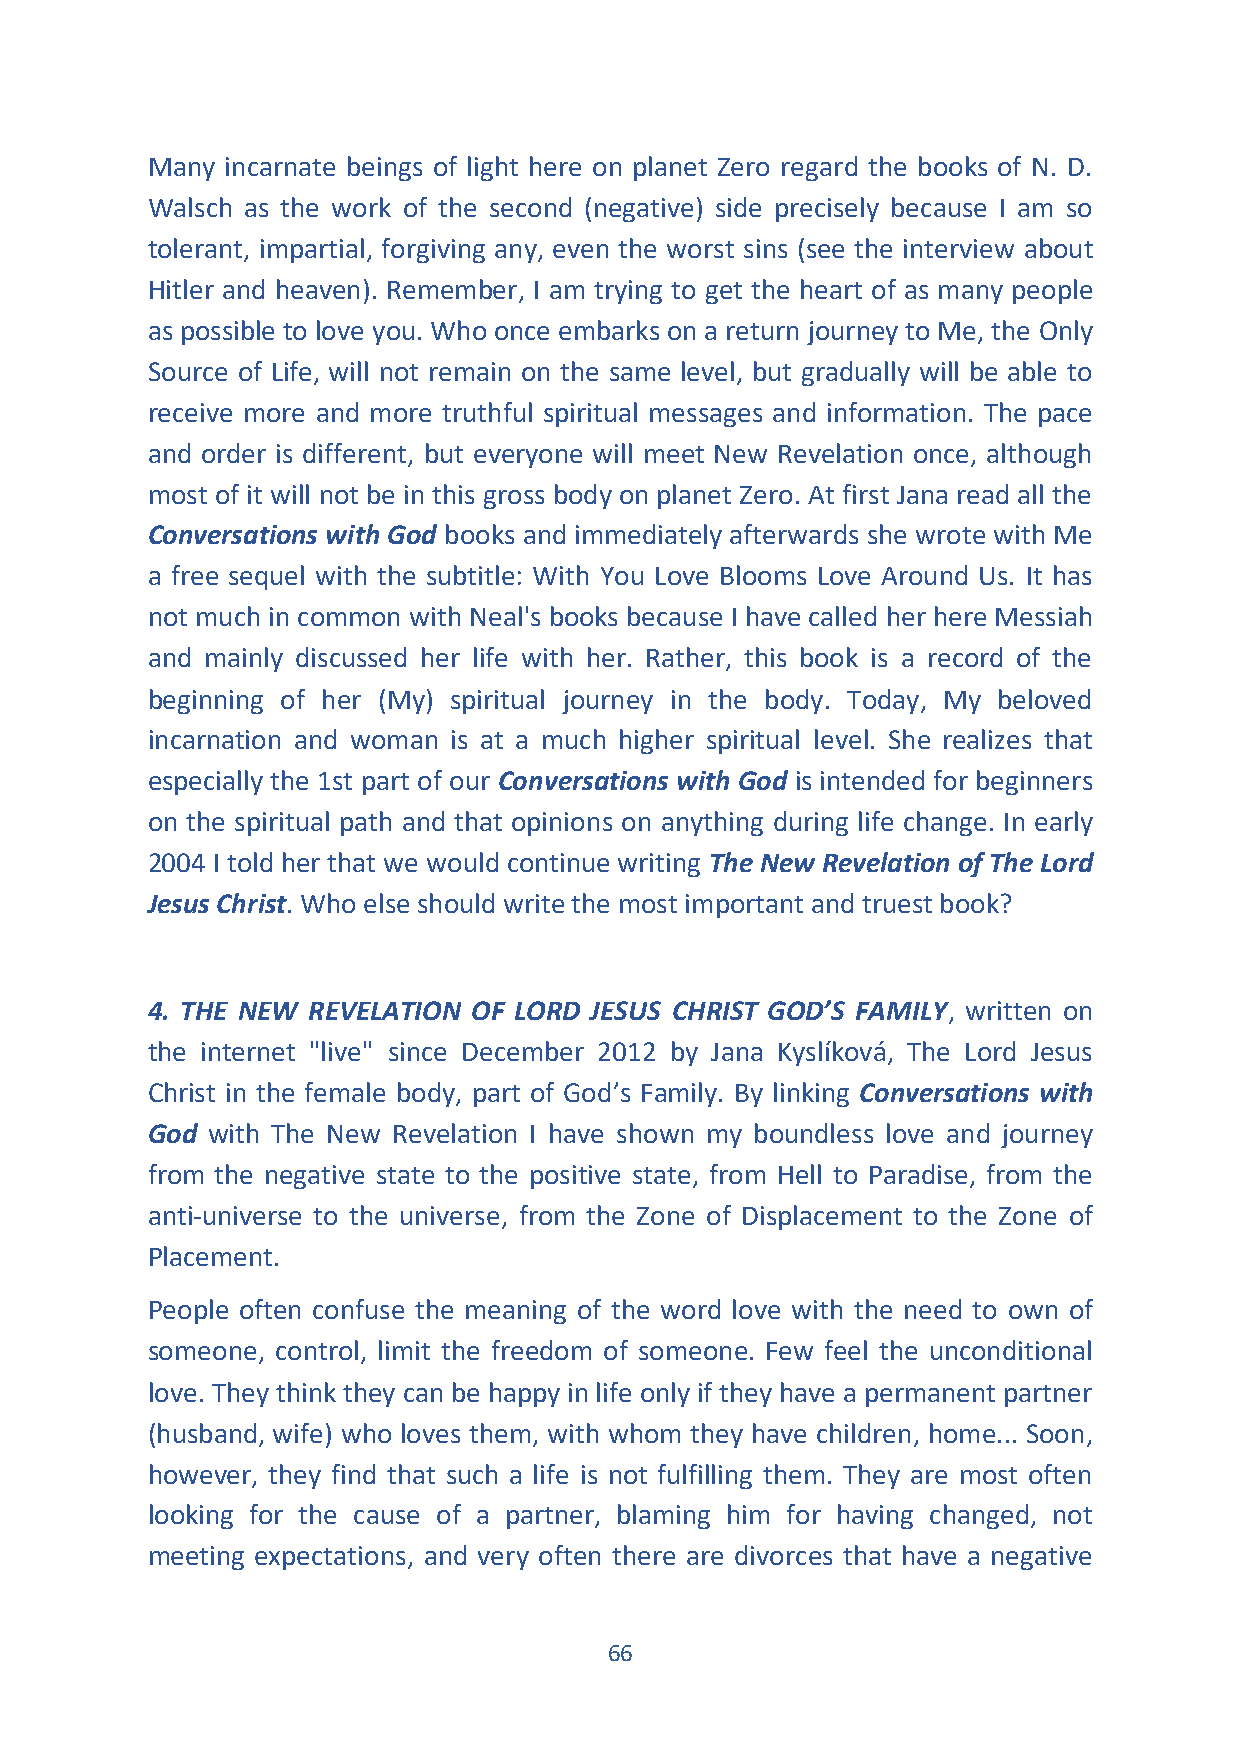
Many incarnate beings of light here on planet Zero regard the books of N. D.
 Walsch as the work of the second (negative) side precisely because I am so
 tolerant, impartial, forgiving any, even the worst sins (see the interview about
 Hitler and heaven). Remember, I am trying to get the heart of as many people
 as possible to love you. Who once embarks on a return journey to Me, the Only
 Source of Life, will not remain on the same level, but gradually will be able to
 receive more and more truthful spiritual messages and information. The pace
 and order is different, but everyone will meet New Revelation once, although
 most of it will not be in this gross body on planet Zero. At first Jana read all the
 Conversations with God books and immediately afterwards she wrote with Me
 a free sequel with the subtitle: With You Love Blooms Love Around Us. It has
 not much in common with Neal's books because I have called her here Messiah
 and mainly discussed her life with her. Rather, this book is a record of the
 beginning of her (My) spiritual journey in the body. Today, My beloved
 incarnation and woman is at a much higher spiritual level. She realizes that
 especially the 1st part of our Conversations with God is intended for beginners
 on the spiritual path and that opinions on anything during life change. In early
 2004 I told her that we would continue writing The New Revelation of The Lord
 Jesus Christ. Who else should write the most important and truest book?
 4. THE NEW REVELATION OF LORD JESUS CHRIST GOD’S FAMILY, written on
 the internet "live" since December 2012 by Jana Kyslíková, The Lord Jesus
 Christ in the female body, part of God’s Family. By linking Conversations with
 God with The New Revelation I have shown my boundless love and journey
 from the negative state to the positive state, from Hell to Paradise, from the
 anti-universe to the universe, from the Zone of Displacement to the Zone of
 Placement.
 People often confuse the meaning of the word love with the need to own of
 someone, control, limit the freedom of someone. Few feel the unconditional
 love. They think they can be happy in life only if they have a permanent partner
 (husband, wife) who loves them, with whom they have children, home... Soon,
 however, they find that such a life is not fulfilling them. They are most often
 looking for the cause of a partner, blaming him for having changed, not
 meeting expectations, and very often there are divorces that have a negative
 66